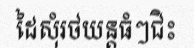
ដៃសុំរថយន្តធំៗជិះ